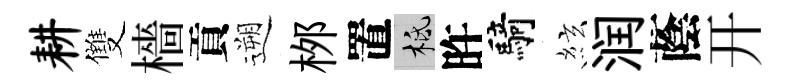
耕雙檣貢遡桞置柢旿騎絃润蔭开